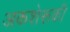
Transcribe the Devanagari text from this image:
अकशेरूकी